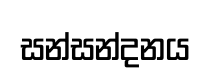
සන්සන්දනය